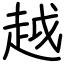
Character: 越